Sanitation, dispensaries and jails vaccination Rajputana 1922-1927 - 1922-1927
Year: 1922
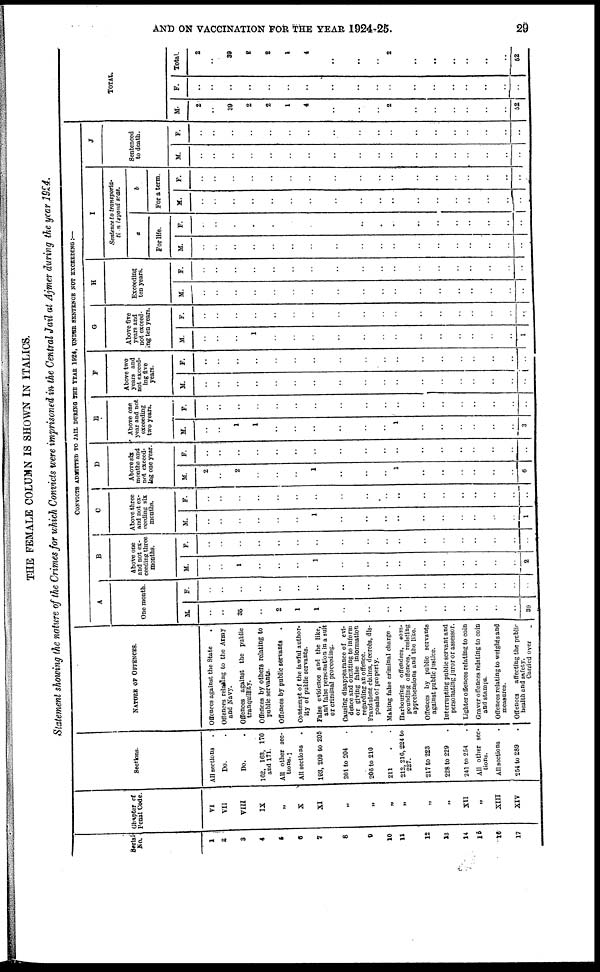
AND ON VACCINATION FOR THE YEAR 1924-25.
29
THE FEMALE COLUMN IS SHOWN IN ITALICS.
Statement showing the nature of the Crimes for which Convicts were imprisoned in the Central Jail at Ajmer during the year 1924.
Serial
No.
1
2
3
4
5
6
7
8
9
10
11
12
13
14
15
16
17
Chapter of
Penal Code.
VI
VII
VIII
IX
„
X
XI
„
„
„
„
„
„
XII
„
XIII
XIV
Sections.
All sections
.
Do.
Do.
162, 163, 170
and 171.
All other sec-
tions.
All sections .
193, 200 to 205
201 to 204 .
206 to 210 .
211
212, 216, 224 to
227.
217 to 223
228 to 229 .
241 to 254 .
All other sec-
tions.
All sections .
254 to 289 .
NATURE OF OFFENCES.
Offences against the State
.
Offences relying to the Army
and Navy.
Offences against the public
tranquillity.
Offences by others relating to
public servants.
Offences by public servants .
Contempt of the lawful author-
ity of public servants.
False evidence and the like,
and false personation in a suit
or criminal proceeding.
Causing disappearance of evi-
dence and omitting to inform
or giving false information
regarding an offence.
Fraudulent claims, decrees, dis-
posals of property.
Making false criminal charge .
Harbouring offenders, com-
pounding offences, resisting
apprehensions and the like.
Offences by public servants
against public justice.
Interrupting public servant and
personating juror or assessor.
Lighter offences relating to coin
Graver offences relating to coin
and stamps.
Offences relating to weights and
measures.
Offences
affecting the public
health and safety.
Carried over .
CONVICTS ADMITTED TO JAIL DURING THE YEAR 1924, UNDER SENTENCE NOT EXCEEDING :—
A
One month.
M.
..
..
35
..
2
1
1
..
..
..
..
..
..
..
..
..
..
39
F.
..
..
..
..
..
..
..
..
..
..
..
..
..
..
..
..
..
..
B
Above one
and not ex-
ceeding three
months.
M.
..
..
1
..
..
..
1
..
..
..
..
..
..
..
..
..
..
2
F.
..
..
..
..
..
..
..
..
..
..
..
..
..
..
..
..
..
..
C
Above three
and not ex-
ceeding six
months.
M.
..
..
..
..
..
..
1
..
..
..
..
..
..
..
..
..
..
1
F.
..
..
..
..
..
..
..
..
..
..
..
..
..
..
..
..
..
..
D
Above six
months and
not exceed-
ing one year.
M.
2
..
2
..
..
..
1
..
..
..
1
..
..
..
..
..
..
6
F.
..
..
..
..
..
..
..
..
..
..
..
..
..
..
..
..
..
..
E
Above one
year and not
exceeding
two years.
M.
..
..
1
1
..
..
..
..
..
..
1
..
..
..
..
..
..
3
F.
..
..
..
..
..
..
..
..
..
..
..
..
..
..
..
..
..
..
F
Above two
years and
not exceed-
ing five
years.
M.
..
..
..
..
..
..
..
..
..
..
..
..
..
..
..
..
..
..
F.
..
..
..
..
..
..
..
..
..
..
..
..
..
..
..
..
..
..
G
Above five
years and
not exceed-
ing ten years.
M.
..
..
..
1
..
..
..
..
..
..
..
..
..
..
..
..
..
1
F.
..
..
..
..
..
..
..
..
..
..
..
..
..
..
..
..
..
..
H
Exceeding
ten years.
M.
..
..
..
..
..
..
..
..
..
..
..
..
..
..
..
..
..
..
F.
..
..
..
..
..
..
..
..
..
..
..
..
..
..
..
..
..
..
I
Sentence to transporta-
tion beyond scas.
a
For life.
M.
..
..
..
..
..
..
..
..
..
..
..
..
..
..
..
..
..
..
F.
..
..
..
..
..
..
..
..
..
..
..
..
..
..
..
..
..
..
b
For a term.
M.
..
..
..
..
..
..
..
..
..
..
..
..
..
..
..
..
..
..
F.
..
..
..
..
..
..
..
..
..
..
..
..
..
..
..
..
..
..
J
Sentenced
to death.
M.
..
..
..
..
..
..
..
..
..
..
..
..
..
..
..
..
..
..
F.
..
..
..
..
..
..
..
..
..
..
..
..
..
..
..
..
..
..
TOTAL.
M.
2
..
39
2
2
1
4
..
..
..
2
..
..
..
..
..
..
52
F.
..
..
..
..
..
..
..
..
..
..
..
..
..
..
..
..
..
..
Total.
2
..
39
2
2
1
4
..
..
..
2
..
..
..
..
..
..
52